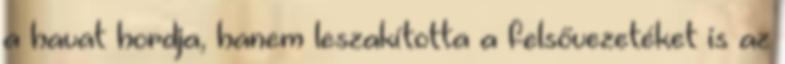
a havat hordja, hanem leszakította a felsővezetéket is az